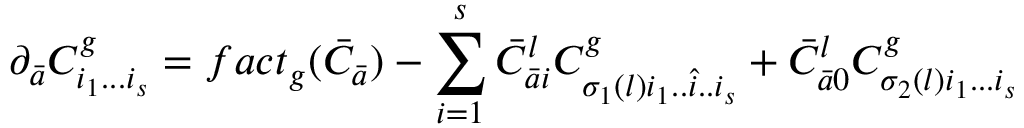
\partial _ { \bar { a } } C _ { i _ { 1 } . . . i _ { s } } ^ { g } = f a c t _ { g } ( { \bar { C } } _ { \bar { a } } ) - \sum _ { i = 1 } ^ { s } { \bar { C } } _ { { \bar { a } } i } ^ { l } C _ { \sigma _ { 1 } ( l ) i _ { 1 } . . { \hat { i } } . . i _ { s } } ^ { g } + { \bar { C } } _ { { \bar { a } } 0 } ^ { l } C _ { \sigma _ { 2 } ( l ) i _ { 1 } . . . i _ { s } } ^ { g }